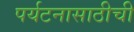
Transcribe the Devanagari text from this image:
पर्यटनासाठीची